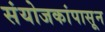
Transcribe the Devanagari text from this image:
संयोजकांपासून